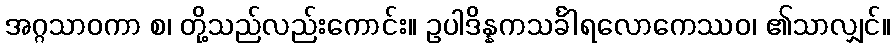
အဂ္ဂသာဝကာ စ၊ တို့သည်လည်းကောင်း။ ဥပါဒိန္နကသင်္ခါရလောကေဿဝ၊ ၏သာလျှင်။